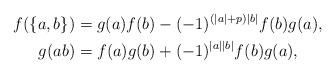
LaTeX: \begin{align*}f(\{a, b\})&=g(a)f(b)-(-1)^{(|a|+p)|b|}f(b)g(a),\\g(ab)&=f(a)g(b)+(-1)^{|a||b|}f(b)g(a),\end{align*}